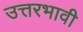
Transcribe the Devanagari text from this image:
उत्तरभावी